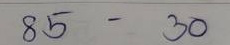
85 - 30